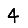
Digit: 4